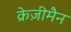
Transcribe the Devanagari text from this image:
क्रेज़ीमैन